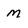
Character: m